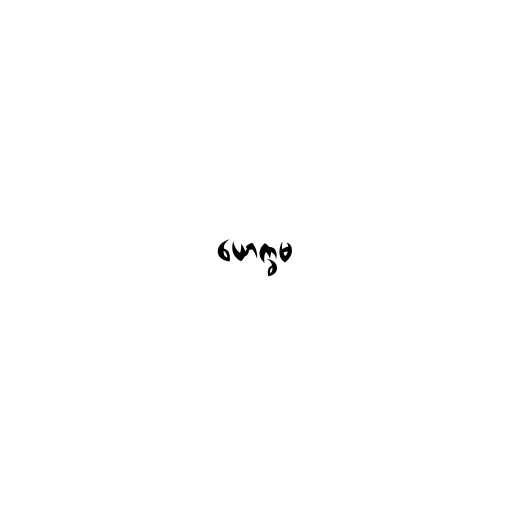
ယောက္ခမ